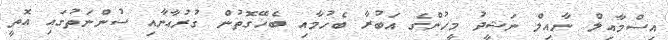
އިސްމާއިލް ނާއިލް ނަޝީދު މީހުންގެ އަބުރާ ބެހުމާއި ބެހޭގޮތުން ގުރުއާނާއި ސުންނަތުގައި އޮތީ